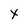
Character: x